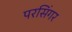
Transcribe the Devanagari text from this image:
परसिंगर